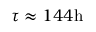
\tau \approx 1 4 4 \mathrm { h }